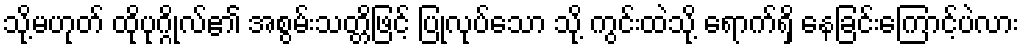
သို့မဟုတ် ထိုပုဂ္ဂိုလ်၏ အစွမ်းသတ္တိဖြင့် ပြုလုပ်သော သို့ ကွင်းထဲသို့ ရောက်ရှိ နေခြင်းကြောင့်ပဲလား